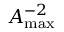
\ensuremath { A _ { \mathrm { m a x } } } ^ { - 2 }